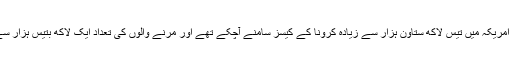
جمعرات کی صبح تک امریکہ میں تیس لاکھ ستاون ہزار سے زیادہ کرونا کے کیسز سامنے آچکے تھے اور مرنے والوں کی تعداد ایک لاکھ بتیس ہزار سے تجاوز کر چکی تھی۔